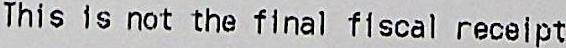
THIS IS NOT THE FINAL FISCAL RECEIPT